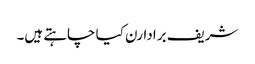
شریف برادارن کیا چاہتے ہیں۔